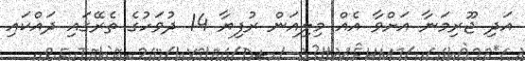
އަދި ޖޫރިމަނާ އަށްވާ އެއް މިލިއަން ރުފިޔާ 14 ދުވަހުގެ ތެރޭގައި ދައްކައި